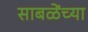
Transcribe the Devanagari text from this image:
साबळेंच्या